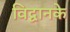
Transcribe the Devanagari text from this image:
विद्वानके